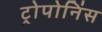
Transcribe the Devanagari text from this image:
ट्रोपोनिंस